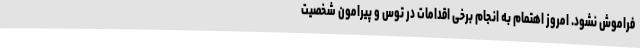
فراموش نشود. امروز اهتمام به انجام برخی اقدامات در توس و پیرامون شخصیت